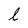
Character: l